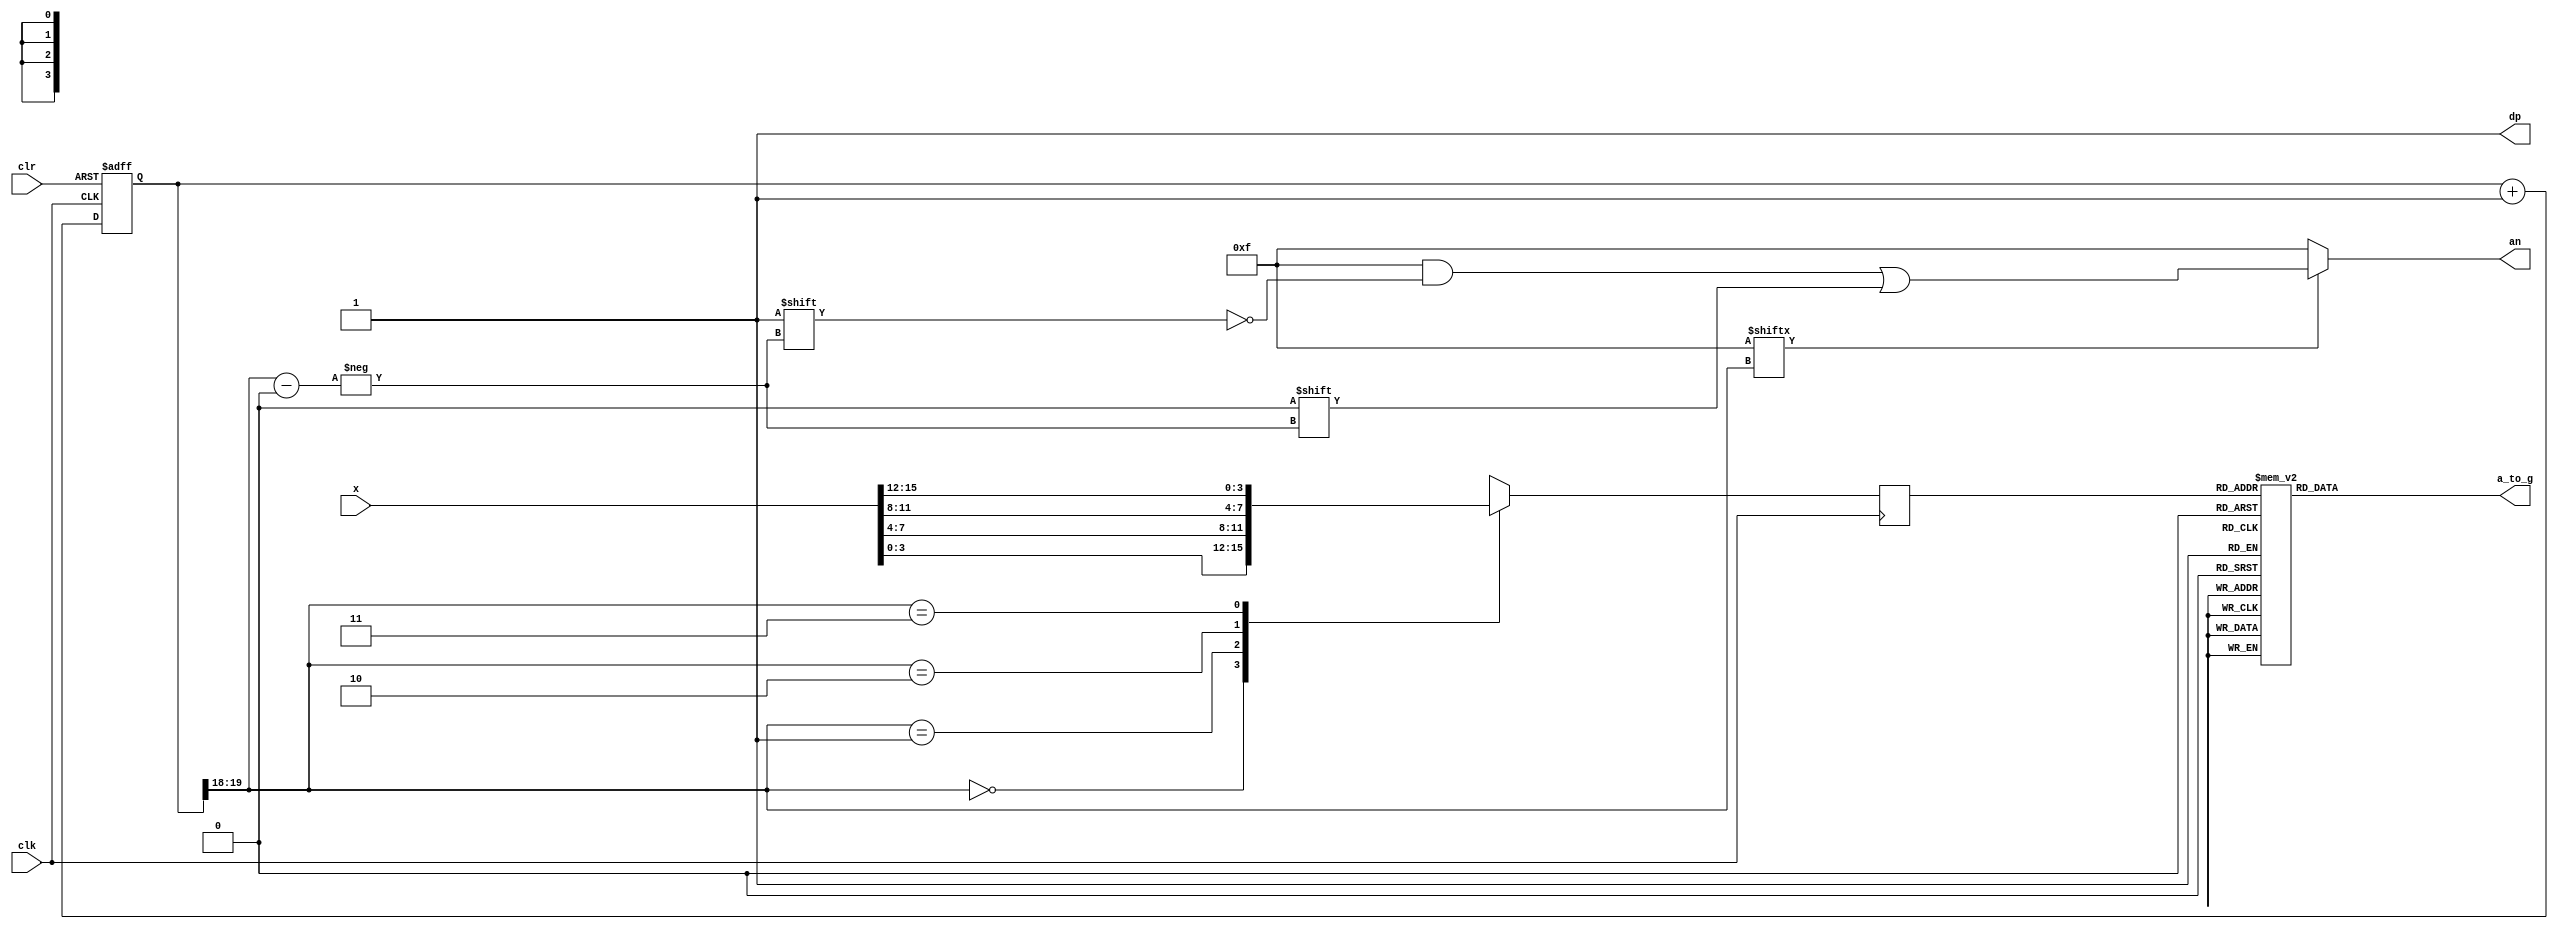
`timescale 1ns / 1ps
//////////////////////////////////////////////////////////////////////////////////
// Company: 
// Engineer: 
// 
// Design Name: 
// Module Name:    seg7decimal 
// Project Name: 
// Target Devices: 
// Tool versions: 
// Description: 
//
// Dependencies: 
//
// Revision: 
// Revision 0.01 - File Created
// Additional Comments: 
//
//////////////////////////////////////////////////////////////////////////////////
module seg7decimal(

	 input [15:0] x,
    input clk,
    input clr,
    output reg [6:0] a_to_g,
    output reg [3:0] an,
    output wire dp 
	 );
	 
	 
wire [1:0] s;	 
reg [3:0] digit;
wire [3:0] aen;
reg [19:0] clkdiv;

assign dp = 1;
assign s = clkdiv[19:18];
assign aen = 4'b1111; // all turned off initially

// quad 4to1 MUX.


always @(posedge clk)// or posedge clr)
	
	case(s)
	0:digit = x[3:0]; // s is 00 -->0 ;  digit gets assigned 4 bit value assigned to x[3:0]
	1:digit = x[7:4]; // s is 01 -->1 ;  digit gets assigned 4 bit value assigned to x[7:4]
	2:digit = x[11:8]; // s is 10 -->2 ;  digit gets assigned 4 bit value assigned to x[11:8
	3:digit = x[15:12]; // s is 11 -->3 ;  digit gets assigned 4 bit value assigned to x[15:12]
	
	default:digit = x[3:0];
	
	endcase
	
	//decoder or truth-table for 7a_to_g display values
	always @(*)

case(digit)


//////////<---MSB-LSB<---
//////////////gfedcba////////////////////////////////////////////              a
0:a_to_g = 7'b1000000;////0000												   __					
1:a_to_g = 7'b1111001;////0001												f/	  /b
2:a_to_g = 7'b0100100;////0010												  g
//                                                                           __	
3:a_to_g = 7'b0110000;////0011										 	 e /   /c
4:a_to_g = 7'b0011001;////0100												 __
5:a_to_g = 7'b0010010;////0101                                               d  
6:a_to_g = 7'b0000010;////0110
7:a_to_g = 7'b1111000;////0111
8:a_to_g = 7'b0000000;////1000
9:a_to_g = 7'b0010000;////1001
'hA:a_to_g = 7'b0111111; // dash-(g)
'hB:a_to_g = 7'b1111111; // all turned off
'hC:a_to_g = 7'b1110111;

default: a_to_g = 7'b0000000; // U

endcase


always @(*)begin
an=4'b1111;
if(aen[s] == 1)
an[s] = 0;
end


//clkdiv

always @(posedge clk or posedge clr) begin
if ( clr == 1)
clkdiv <= 0;
else
clkdiv <= clkdiv+1;
end


endmodule